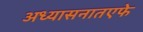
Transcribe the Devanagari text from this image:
अध्यासनातएफे